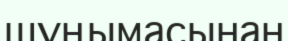
шұңымасынан